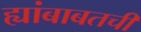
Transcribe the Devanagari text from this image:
ह्यांबाबतची